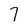
Character: 7